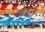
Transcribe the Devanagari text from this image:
व्यवस्ते